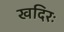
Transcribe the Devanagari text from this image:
खदिरः